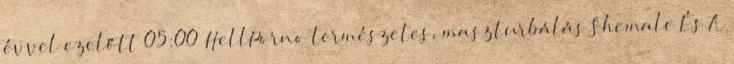
évvel ezelőtt 05:00 HellPorno természetes, maszturbálás Shemale És A